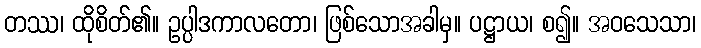
တဿ၊ ထိုစိတ်၏။ ဥပ္ပါဒကာလတော၊ ဖြစ်သောအခါမှ။ ပဋ္ဌာယ၊ စ၍။ အဝသေသာ၊